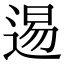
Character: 逷